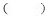
()